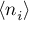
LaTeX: \left\langle n _ { i } \right\rangle